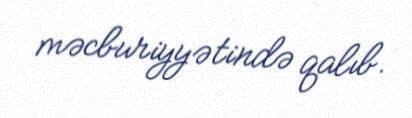
məcburiyyətində qalıb.